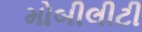
મોબીલીટી